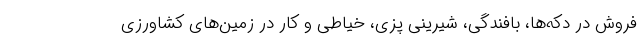
فروش در دکه‌ها، بافندگی، شیرینی پزی، خیاطی و کار در زمین‌های کشاورزی